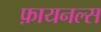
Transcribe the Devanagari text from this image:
फ़ायनल्स